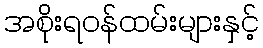
အစိုးရဝန်ထမ်းများနှင့်